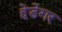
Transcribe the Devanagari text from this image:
हेडेगर